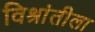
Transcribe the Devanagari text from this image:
विश्रांतीला